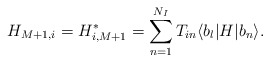
\begin{align*}H_{M+1, i} = H_{i, M+1}^* = \sum_{n=1}^{N_I} T_{in}\langle b_l|H|b_n\rangle.\end{align*}